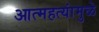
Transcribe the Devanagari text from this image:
आत्महत्यांमुळे